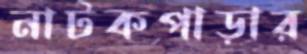
নাটকপাড়ার